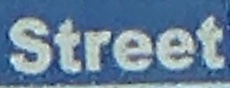
Street